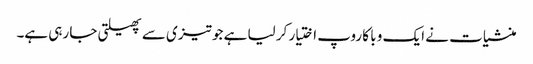
منشیات نے ایک و با کا روپ اختیار کر لیا ہے جو تیزی سے پھیلتی جا رہی ہے۔